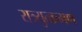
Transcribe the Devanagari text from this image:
रात्र्युत्क्रमण